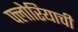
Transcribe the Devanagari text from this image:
फ्लोरियाची